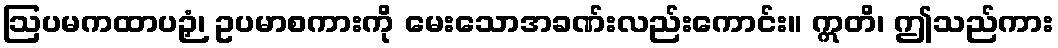
ဩပမကထာပဉှံ၊ ဥပမာစကားကို မေးသောအခဏ်းလည်းကောင်း။ ဣတိ၊ ဤသည်ကား